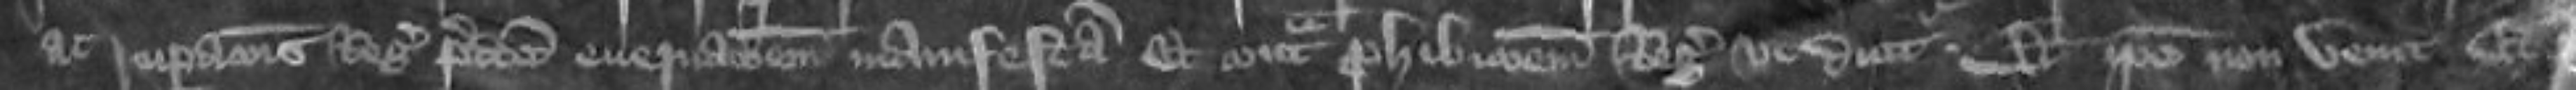
recuperationis Regis predictem enervationem manifestam et contra prohibitionem Regis ut dicitur Et ipse non venit Et preceptum